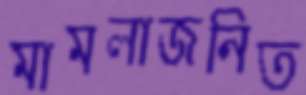
মামলাজনিত